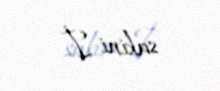
sakini İ.